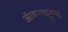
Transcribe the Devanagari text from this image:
ऑणप्पाट्टू़कार्